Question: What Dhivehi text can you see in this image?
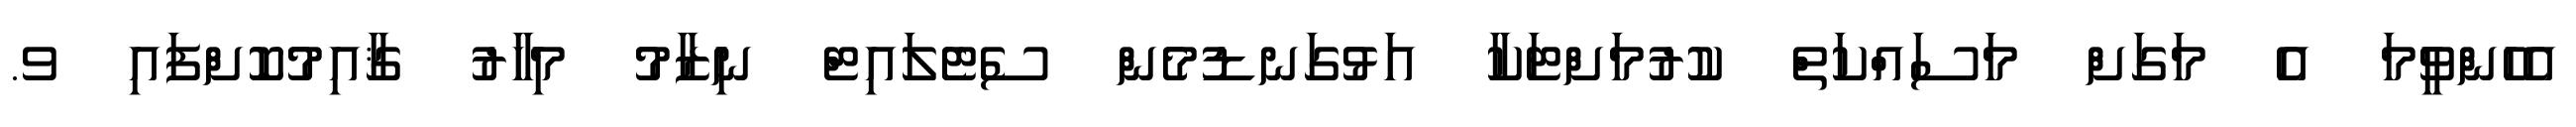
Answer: އެހެންވީމަ އެ މަގަށް މަސައްކަތް ކުރުމަށްޓަކާ އަޅުގަނޑުމެން ސެޓެލައިޓް ނިޒާމު މިހާރު ޤާއިމުކޮށްފައި ވ.